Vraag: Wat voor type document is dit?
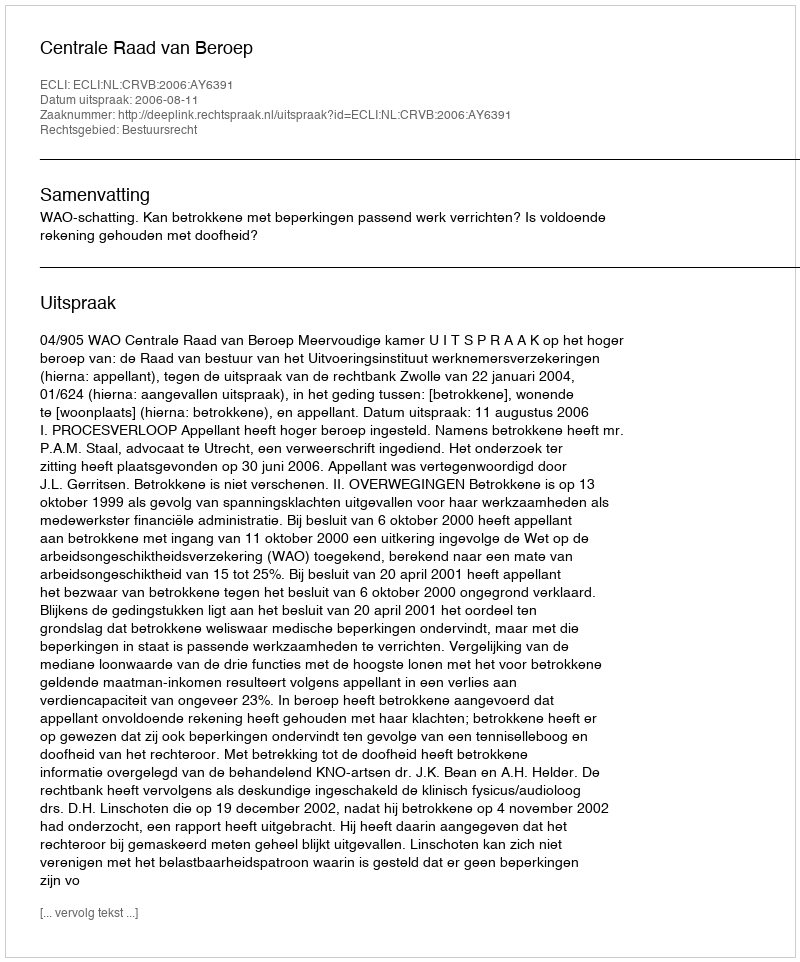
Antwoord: Uitspraak